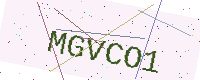
Text: MGVCO1